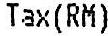
TAX(RM)